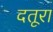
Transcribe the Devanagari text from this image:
दतूरा